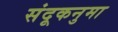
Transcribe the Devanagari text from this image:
संदूकनुमा